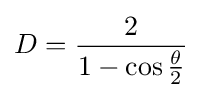
D={\frac {2}{1-\cos {\frac {\theta }{2}}}}